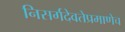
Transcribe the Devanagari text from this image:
निसर्गदेवतेप्रमाणेच